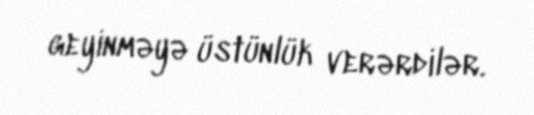
geyinməyə üstünlük verərdilər.